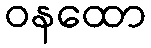
ဝနထော